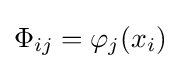
\Phi _{ij}=\varphi _{j}(x_{i})